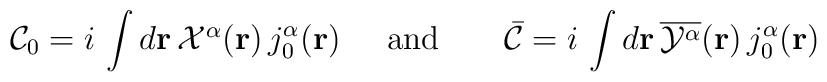
{\cal C}_{0}=i\,\int d{\bf{r}}\,{\textstyle {\cal X}^{\alpha}}({\bf r})\,j_{0}^{\alpha}({\bf r})\;\;\;\;\;\mbox{and}\;\;\;\;\;\;\;{\bar {\cal C}}=i\,\int d{\bf{r}}\,\overline{{\cal Y}^{\alpha}}({\bf r})\,j_{0}^{\alpha}({\bf r})